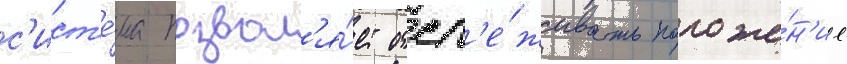
с'ист'е́ма позвол'я́ет отсл'е́живать положе́н'ие